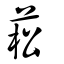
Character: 菘